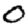
Digit: 0